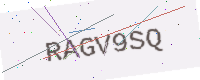
Text: RAGV9SQ